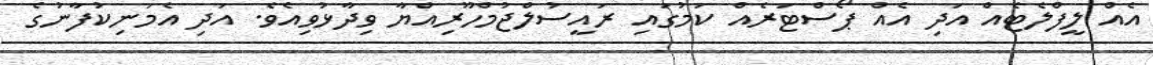
އެއް ލީފްލެޓެއް އަދި އެއް ޕޯސްޓަރެއް ކަމުގައި ރައީސުލްޖުމްހޫރިއްޔާ ވިދާޅުވިއެވެ. އަދި އެމަނިކުފާނުގެ